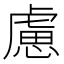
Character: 慮